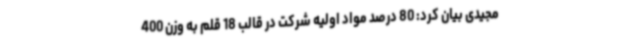
مجیدی بیان کرد: 80 درصد مواد اولیه شرکت در قالب 18 قلم به وزن 400